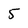
Character: 5